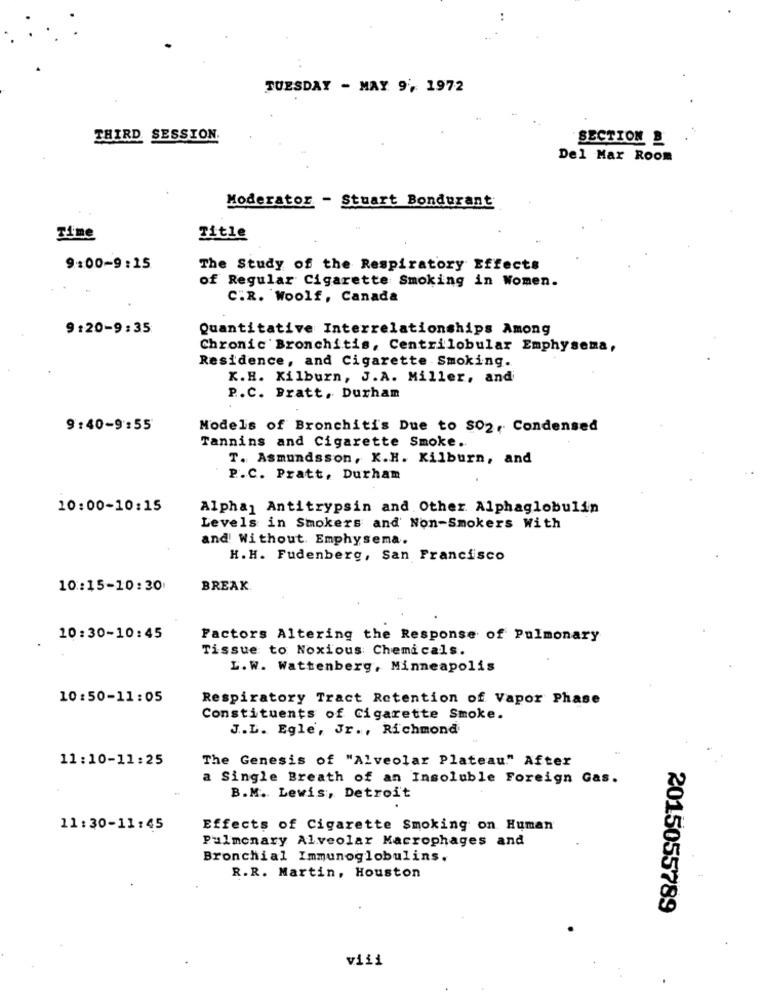
TUESDAY - MAY 9, 1972
THIRD SESSION.
SECTION &
Del Mar ROOM
Moderator - Stuart Bondurant
Time
Title
9:00-9:15
The Study of the Respiratory Effects
of Regular Cigarette Smoking in Women.
C.R. Woolf, Canada
9:20-9:35
Quantitative Interrelationships Among
Chronic Bronchitis, Centrilobular Emphysema,
Residence, and Cigarette Smoking.
K.H. Kilburn, J.A. Miller, and
P.C. Bratt, Durham
9:40-9:55
Models of Bronchitis Due to $02, Condensed
Tannins and Cigarette Smoke.
T. Asmundsson, K.H. Kilburn, and
P.C. Pratt, Durham
10:00-10:15
Alpha] Antitrypsin and Other Alphaglobulin
Levels in Smokers and Non-Smokers With
and Without. Emphysema.
H. H. Fudenberg, San Francisco
10:15-10:30
BREAK
10:30-10:45
Factors Altering the Response of Pulmonary
Tissue to Noxious Chemicals.
L.W. Wattenberg, Minneapolis
10:50-11:05
Respiratory Tract Retention of Vapor Phase
Constituents of Cigarette Smoke.
J.L. Egle, Jr ., Richmond
11:10-11:25
The Genesis of "Alveolar Plateau." After
a Single Breath of an Insoluble Foreign Gas.
B.M. Lewis, Detroit
11: 30-11:45
Effects of Cigarette Smoking on Human
Pulmonary Alveolar Macrophages and
Bronchial Immunoglobulins.
R.R. Martin, Houston
2015055789
viii